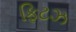
ફિટઝ